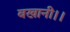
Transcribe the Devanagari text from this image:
बखानी।।